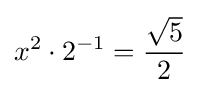
x^{2}\cdot 2^{-1}={\frac {\sqrt {5}}{2}}